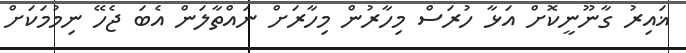
ޣައިރު ގާނޫނީކޮށް އަޅާ ހުރަސް މިހާރުން މިހާރަށް ނައްތާލަން އެބަ ޖެހޭ ނިމުމަކަށް